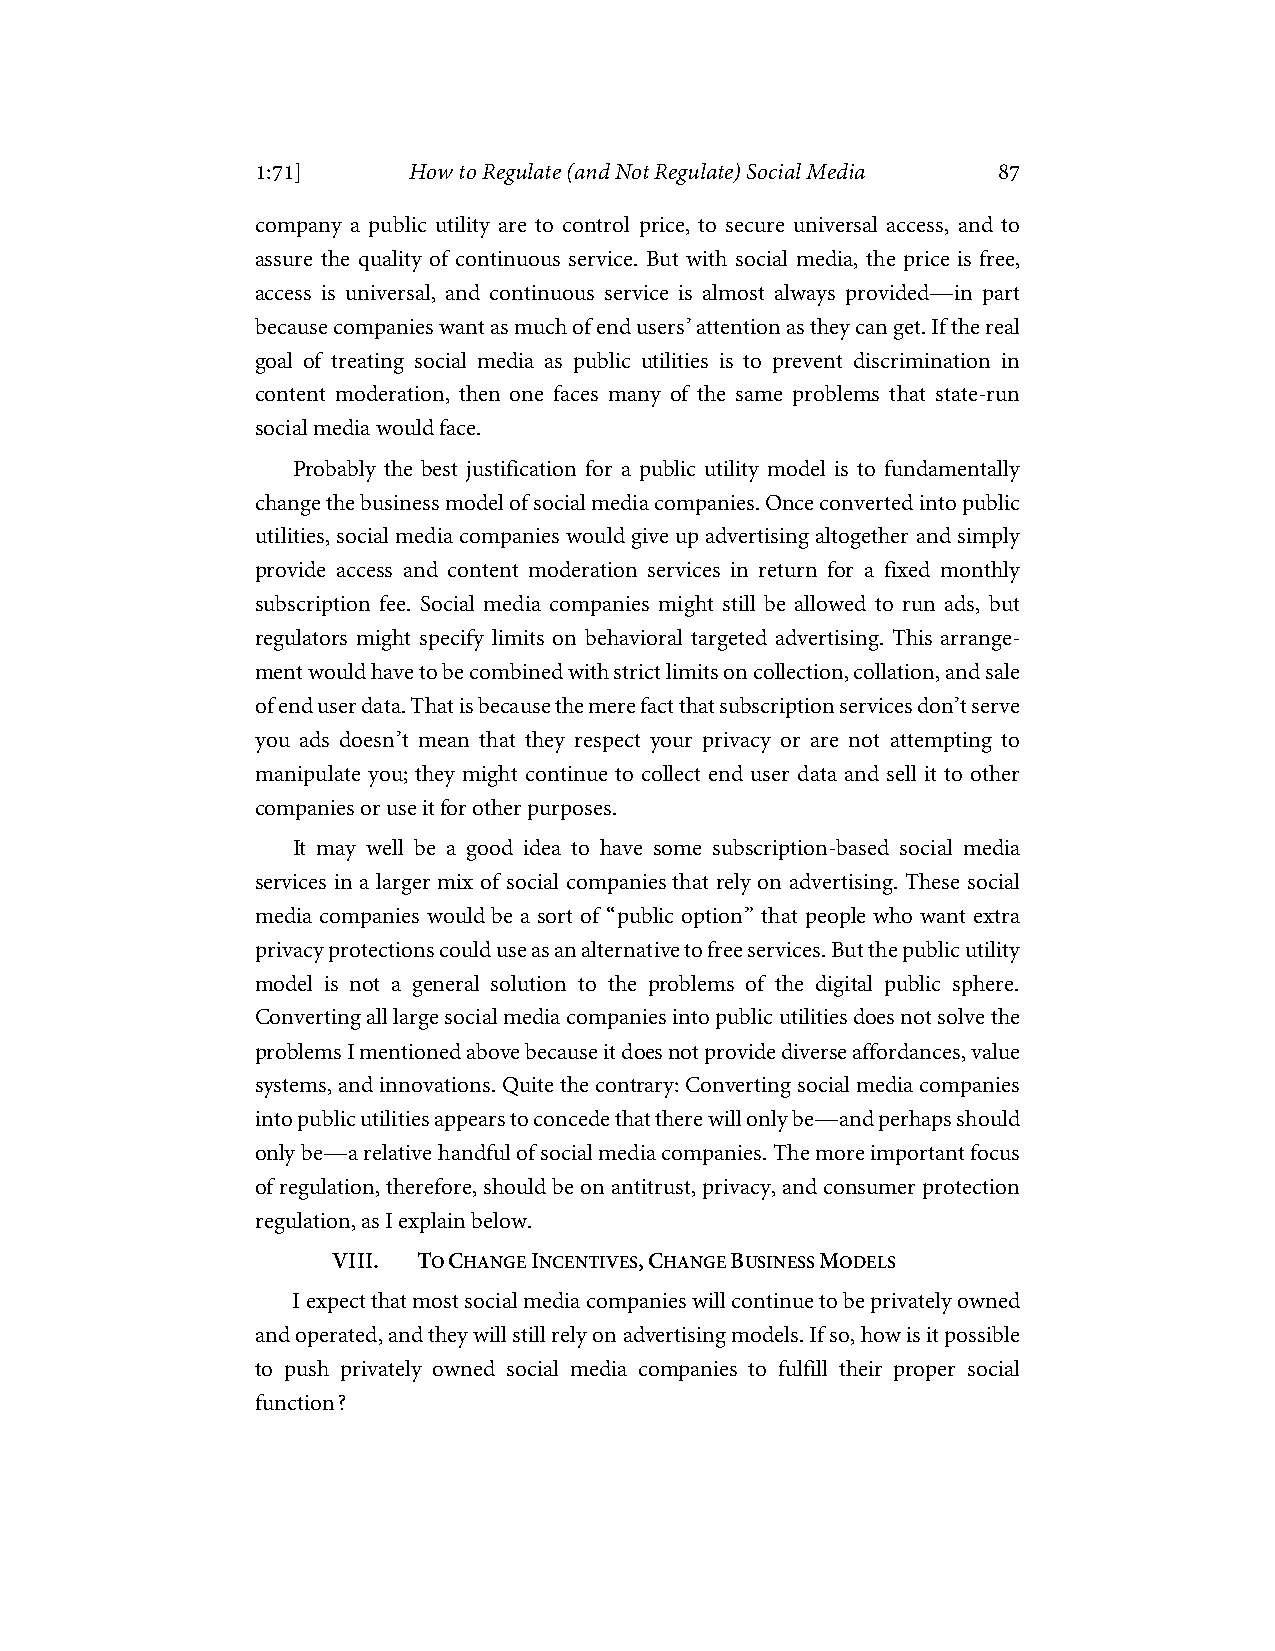
1:71]     How to Regulate (and Not Regulate) Social Media 87
 company a public utility are to control price, to secure universal access, and to
 assure the quality of continuous service. But with social media, the price is free,
 access is universal, and continuous service is almost always provided—in part
 because companies want as much of end users’ attention as they can get. If the real
 goal of treating social media as public utilities is to prevent discrimination in
 content moderation, then one faces many of the same problems that state-run
 social media would face.
 Probably the best justification for a public utility model is to fundamentally
 change the business model of social media companies. Once converted into public
 utilities, social media companies would give up advertising altogether and simply
 provide access and content moderation services in return for a fixed monthly
 subscription fee. Social media companies might still be allowed to run ads, but
 regulators might specify limits on behavioral targeted advertising. This arrange-
 ment would have to be combined with strict limits on collection, collation, and sale
 of end user data. That is because the mere fact that subscription services don’t serve
 you ads doesn’t mean that they respect your privacy or are not attempting to
 manipulate you; they might continue to collect end user data and sell it to other
 companies or use it for other purposes.
 It may well be a good idea to have some subscription-based social media
 services in a larger mix of social companies that rely on advertising. These social
 media companies would be a sort of “public option” that people who want extra
 privacy protections could use as an alternative to free services. But the public utility
 model is not a general solution to the problems of the digital public sphere.
 Converting all large social media companies into public utilities does not solve the
 problems I mentioned above because it does not provide diverse affordances, value
 systems, and innovations. Quite the contrary: Converting social media companies
 into public utilities appears to concede that there will only be—and perhaps should
 only be—a relative handful of social media companies. The more important focus
 of regulation, therefore, should be on antitrust, privacy, and consumer protection
 regulation, as I explain below.
 VIII. TO CHANGE INCENTIVES, CHANGE BUSINESS MODELS
 I expect that most social media companies will continue to be privately owned
 and operated, and they will still rely on advertising models. If so, how is it possible
 to push privately owned social media companies to fulfill their proper social
 function?